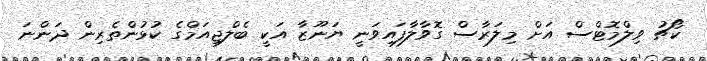
ކޯޗު ވިލްމޮޓްސް އަށް މިލަރާސް ގޮވާލާފައިވަނީ ޔަނޫޒާ އަކީ ބެލްޖިއަމްގެ ކުޅުންތެރިން ދަންނަ